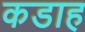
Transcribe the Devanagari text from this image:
कडाह